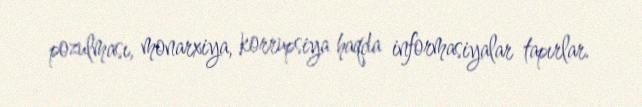
pozulması, monarxiya, korrupsiya haqda informasiyalar tapırlar.